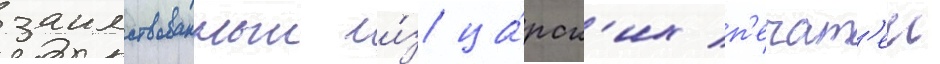
заимствованныи и́з ца́рск'их п'ечат'еи